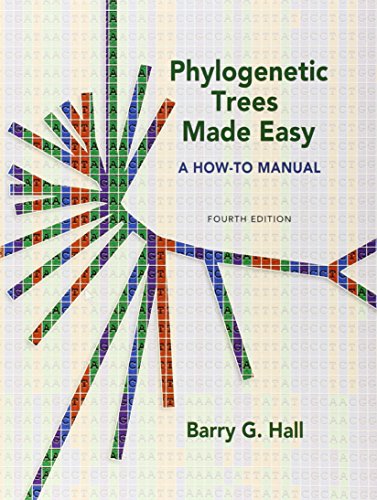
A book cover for Phylogenetic Trees Made Easy: A How To Manual, Fourth Edition; Barry G. Hall; Computers & Technology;